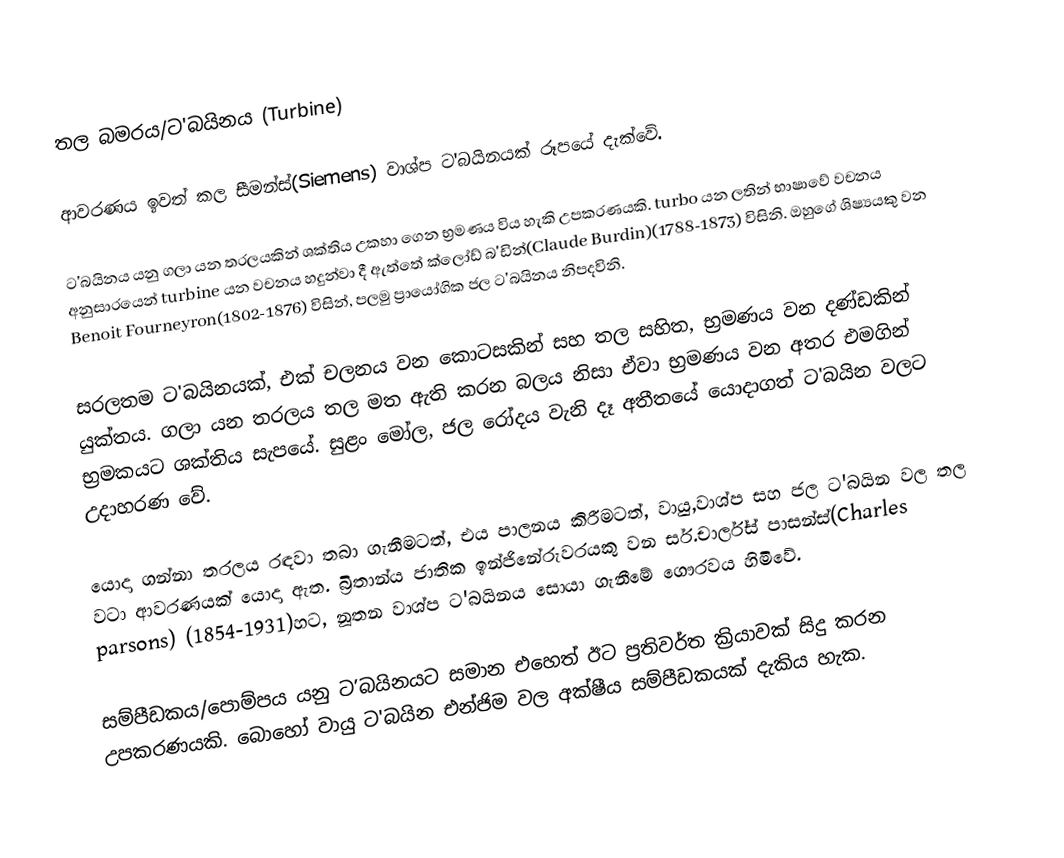
තල බමරය/ට'බයිනය (Turbine)

ආවරණය ඉවත් කල සීමන්ස්(Siemens) වාශ්ප ට'බයිනයක් රූපයේ දැක්වේ.

ට'බයිනය යනු ගලා යන තරලයකින් ශක්තිය උකහා ගෙන භ්‍රමණය විය හැකි උපකරණයකි. turbo යන ලතින් භාෂාවේ වචනය  අනුසාරයෙන් turbine යන වචනය හදුන්වා දී ඇත්තේ ක්ලෝඩ් බ'ඩින්(Claude Burdin)(1788-1873) විසිනි. ඔහුගේ ශිෂ්‍යයකු වන Benoit Fourneyron(1802-1876) විසින්, පලමු  ප්‍රායෝගික ජල ට'බයිනය නිපදවිනි.

සරලතම ට'බයිනයක්, එක් චලනය වන කොටසකින් සහ තල සහිත, භ්‍රමණය වන දණ්ඩකින් යුක්තය. ගලා යන තරලය තල මත ඇති කරන බලය නිසා ඒවා භ්‍රමණය වන අතර එමගින් භ්‍රමකයට ශක්තිය සැපයේ. සුළං මෝල, ජල රෝදය වැනි දෑ අතීතයේ යොදාගත් ට'බයින වලට උදාහරණ වේ.

යොදා ගන්නා තරලය රඳවා තබා ගැනීමටත්, එය පාලනය කිරීමටත්, වායු,වාශ්ප සහ ජල ට'බයින වල තල වටා ආවරණයක් යොදා ඇත. බ්‍රිතාන්ය ජාතික ඉන්ජිනේරුවරයකු වන සර්.චාර්ල්ස් පාසන්ස්(Charles parsons) (1854-1931)හට, නූතන වාශ්ප ට'බයිනය සොයා ගැනීමේ ගෞරවය හිමිවේ.

සම්පීඩකය/පොම්පය යනු ට’බයිනයට සමාන එහෙත් ඊට ප්‍රතිවර්ත ක්‍රියාවක් සිදු කරන උපකරණයකි. බොහෝ වායු ට'බයින එන්ජිම වල අක්ෂීය සම්පීඩකයක් දැකිය හැක.